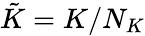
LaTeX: \tilde{K}=K/N_{K}